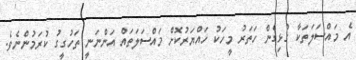
އެ މައްސަލަތަކާ ގުޅިގެން ހަތަރު މީހަކު ހައްޔަރުކޮށް މައްސަލަތައް އަންނަނީ ތަހުގީގު ކުރަމުންނެވެ.